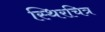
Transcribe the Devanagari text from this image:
स्थिरचित्र